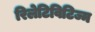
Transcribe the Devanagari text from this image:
रिलेटिविटिज्म